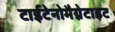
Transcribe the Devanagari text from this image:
टाईटेनोमैग्नेटाइट